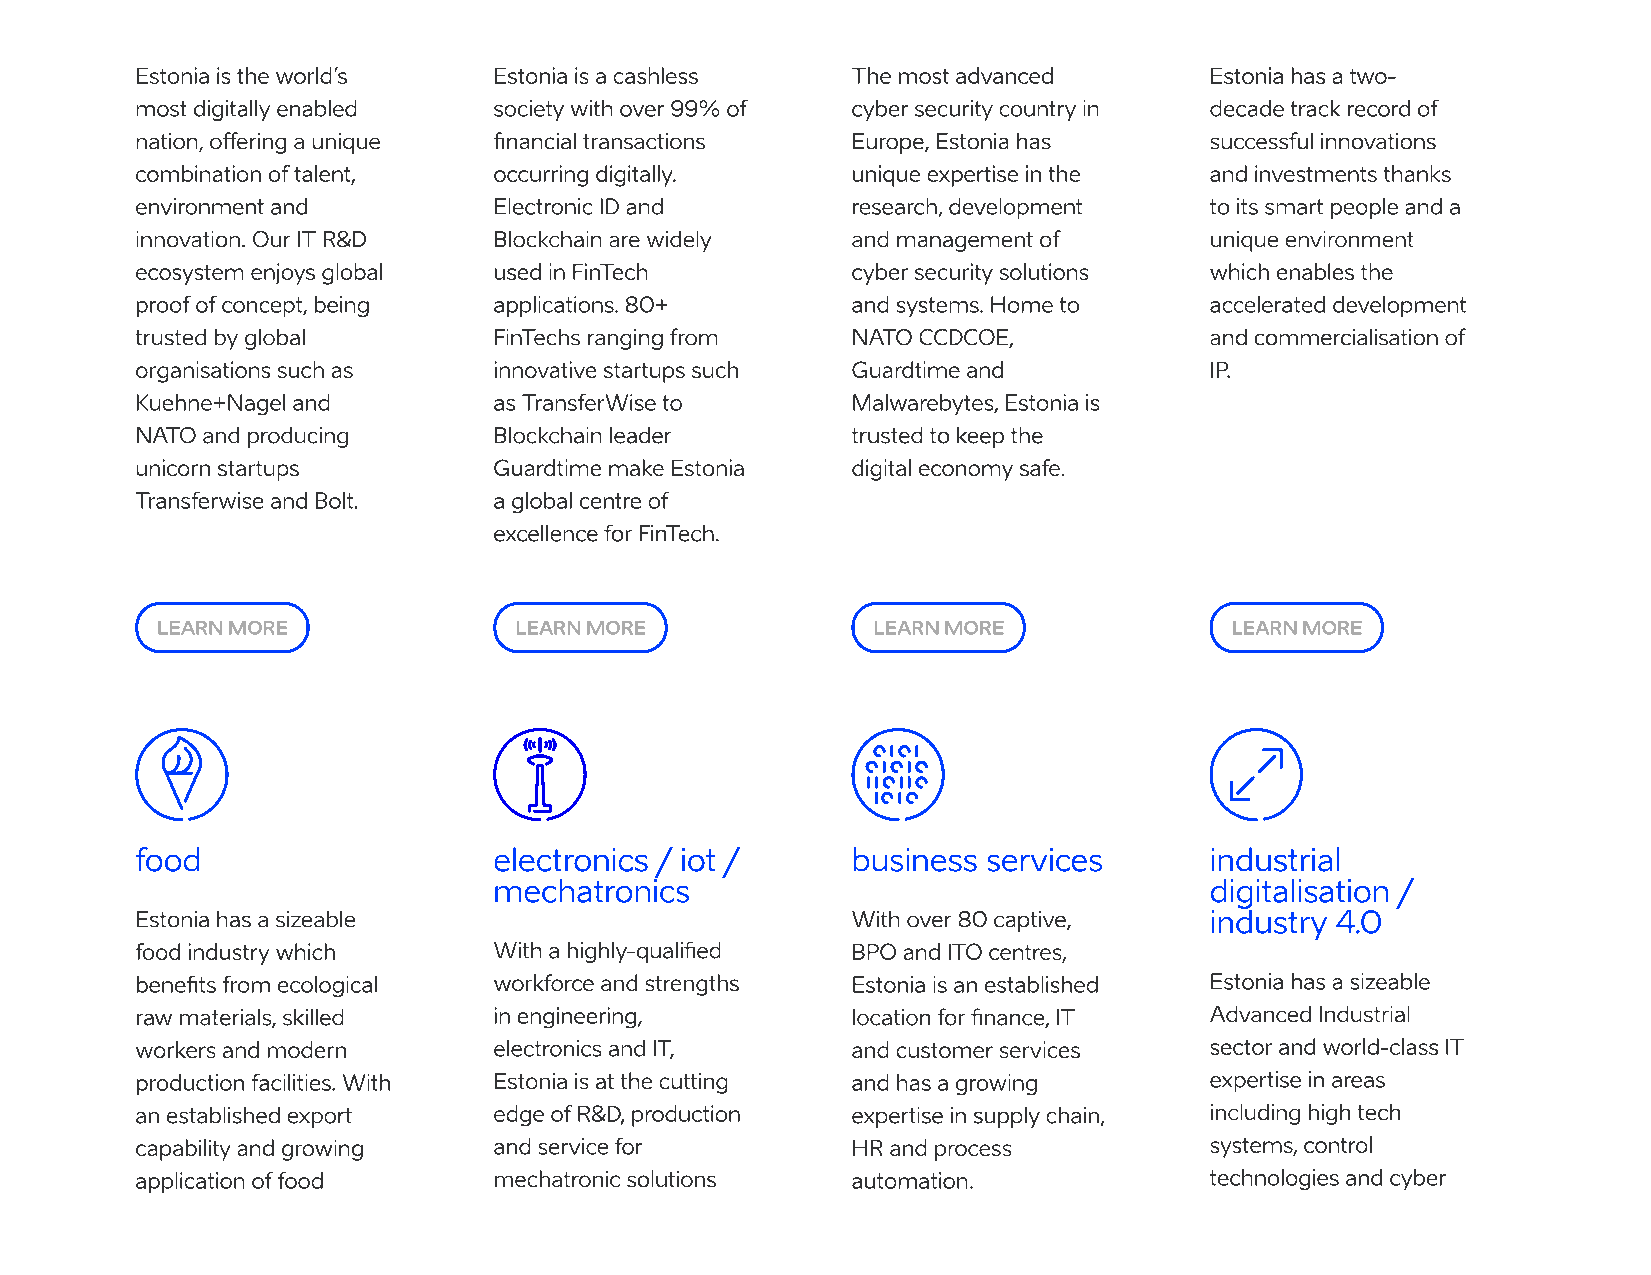
Estonia is the world’s  Estonia is a cashless  The most advanced       Estonia has a two-
 most digitally enabled  society with over 99% of cyber security country in decade track record of
 nation, offering a unique financial transactions Europe, Estonia has   successful innovations
 combination of talent,  occurring digitally.   unique expertise in the and investments thanks
 environment and         Electronic ID and      research, development   to its smart people and a
 innovation. Our IT R&D  Blockchain are widely  and management of       unique environment
 ecosystem enjoys global used in FinTech        cyber security solutions which enables the
 proof of concept, being applications. 80+      and systems. Home to    accelerated development
 trusted by global       FinTechs ranging from  NATO CCDCOE,            and commercialisation of
 organisations such as   innovative startups such Guardtime and         IP.
 Kuehne+Nagel and        as TransferWise to     Malwarebytes, Estonia is
 NATO and producing      Blockchain leader      trusted to keep the
 unicorn startups        Guardtime make Estonia digital economy safe.
 Transferwise and Bolt.  a global centre of
 excellence for FinTech.
 LEARN MORE              LEARN MORE              LEARN MORE             LEARN MORE
 food                    electronics / iot /    business services       industrial
 mechatronics                                   digitalisation /
 Estonia has a sizeable                         With over 80 captive,   industry 4.0
 food industry which     With a highly-qualified BPO and ITO centres,
 benefits from ecological workforce and strengths Estonia is an established Estonia has a sizeable
 raw materials, skilled  in engineering,        location for finance, IT Advanced Industrial
 workers and modern      electronics and IT,    and customer services   sector and world-class IT
 production facilities. With Estonia is at the cutting and has a growing expertise in areas
 an established export   edge of R&D, production expertise in supply chain, including high tech
 capability and growing  and service for        HR and process          systems, control
 application of food     mechatronic solutions  automation.             technologies and cyber